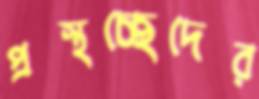
প্রস্থচ্ছেদের